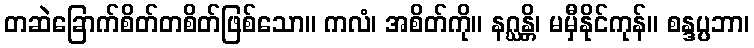
တဆဲခြောက်စိတ်တစိတ်ဖြစ်သော။ ကလံ၊ အစိတ်ကို။ နဂ္ဃန္တိ၊ မမှီနိုင်ကုန်။ စန္ဒပ္ပဘာ၊